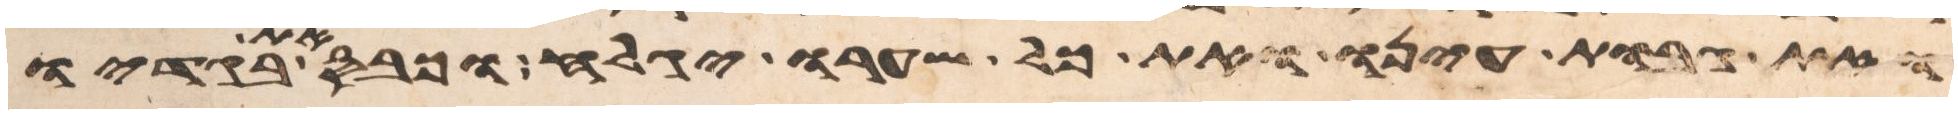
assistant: ואת גבות עיניו ואת כל שערו יגלח וכבס את בגדיו